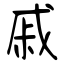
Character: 戚